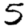
Digit: 5